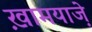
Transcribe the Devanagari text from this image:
ख़ामयाजे़